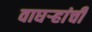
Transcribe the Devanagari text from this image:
वाघऱ्‍हांची